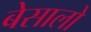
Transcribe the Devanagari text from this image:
बेसालो